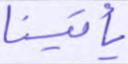
يأتينا